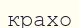
крахо